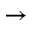
\rightarrow